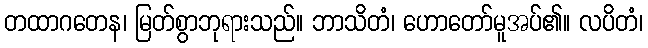
တထာဂတေန၊ မြတ်စွာဘုရားသည်။ ဘာသိတံ၊ ဟောတော်မူအပ်၏။ လပိတံ၊